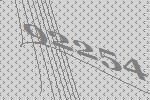
92254